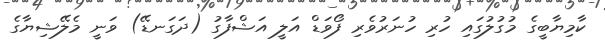
ކާމިޔާބީގެ މުގުލުގައި ހުރި ހުނަރުވެރި ފޯވަޑް އަލީ އަޝްފާގު (ދަގަނޑޭ) ވަނީ މެލޭޝިޔާގެ